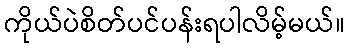
ကိုယ်ပဲစိတ်ပင်ပန်းရပါလိမ့်မယ်။